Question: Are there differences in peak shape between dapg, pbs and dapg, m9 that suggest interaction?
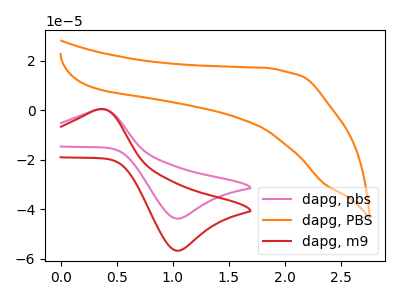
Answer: <think>The pink curve "dapg, pbs" has an anodic peak at (0.35V, 0.30uA) and a cathodic peak at (1.05V, -43.75uA). The orange curve "dapg, PBS" has no peaks. The red curve "dapg, m9" has an anodic peak at (0.35V, 0.40uA) and a cathodic peak at (1.05V, -56.70uA).
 All the peaks in "dapg, pbs" have a peak in "dapg, m9" at the same potential. Every peak in "dapg, pbs" is lower than every peak in "dapg, m9".</think>
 <answer>No, "dapg, pbs" and "dapg, m9" don't appear to be significantly different in shape</answer>
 <eval>no_change</eval>